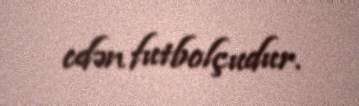
edən futbolçudur.